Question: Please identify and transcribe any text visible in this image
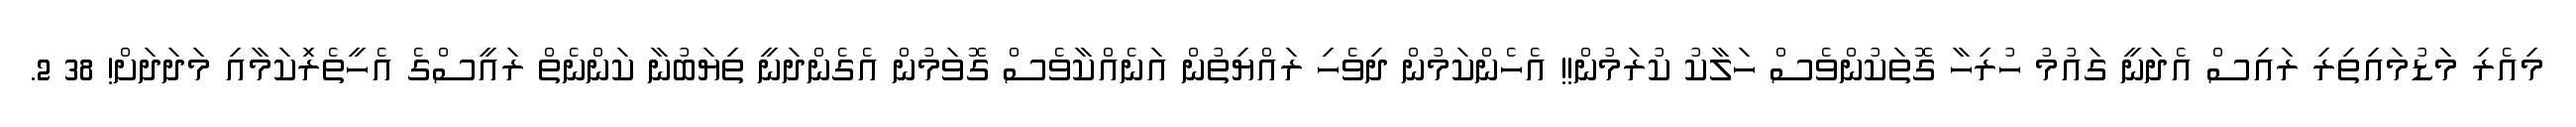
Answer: މިއެރި މަޑުމައިތިރި ރައިސް އެދަނީ ގައުމު ހުރިހާ ގޮތަކުންވެސް ހަލާކު ކުރަމުން!! އެހެންކަމުން ދިވެހި ރައްޔިތުން އަނެއްކާވެސް ގޮވަމުން އެގެންދަނީ ތިޔަބުނާ ކަންނެތް ރައީސްގެ އެހީތެރިަކަމާއި މަދަދަށް! 38 2.